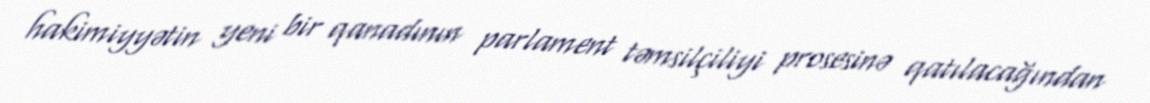
hakimiyyətin yeni bir qanadının parlament təmsilçiliyi prosesinə qatılacağından